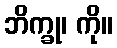
ဘိက္ခု၊ ကို။